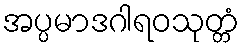
အပ္ပမာဒဂါရဝသုတ္တံ